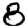
Digit: 8